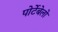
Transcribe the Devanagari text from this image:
पोर्टेबेलो